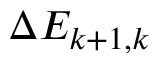
\Delta E _ { k + 1 , k }